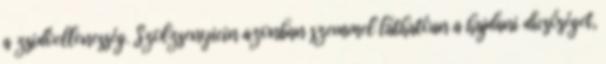
a zsidóellenesség. Szolzsenyicin azonban szemmel láthatóan a hajdani dicsőséget,